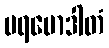
ပရမောဒါတံ